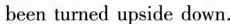
been turned upside down.